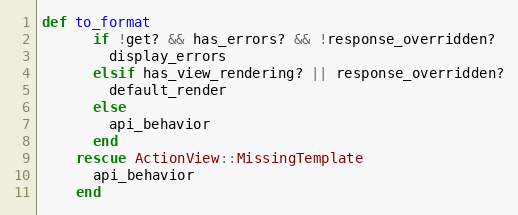
Language: Ruby
def to_format
      if !get? && has_errors? && !response_overridden?
        display_errors
      elsif has_view_rendering? || response_overridden?
        default_render
      else
        api_behavior
      end
    rescue ActionView::MissingTemplate
      api_behavior
    end